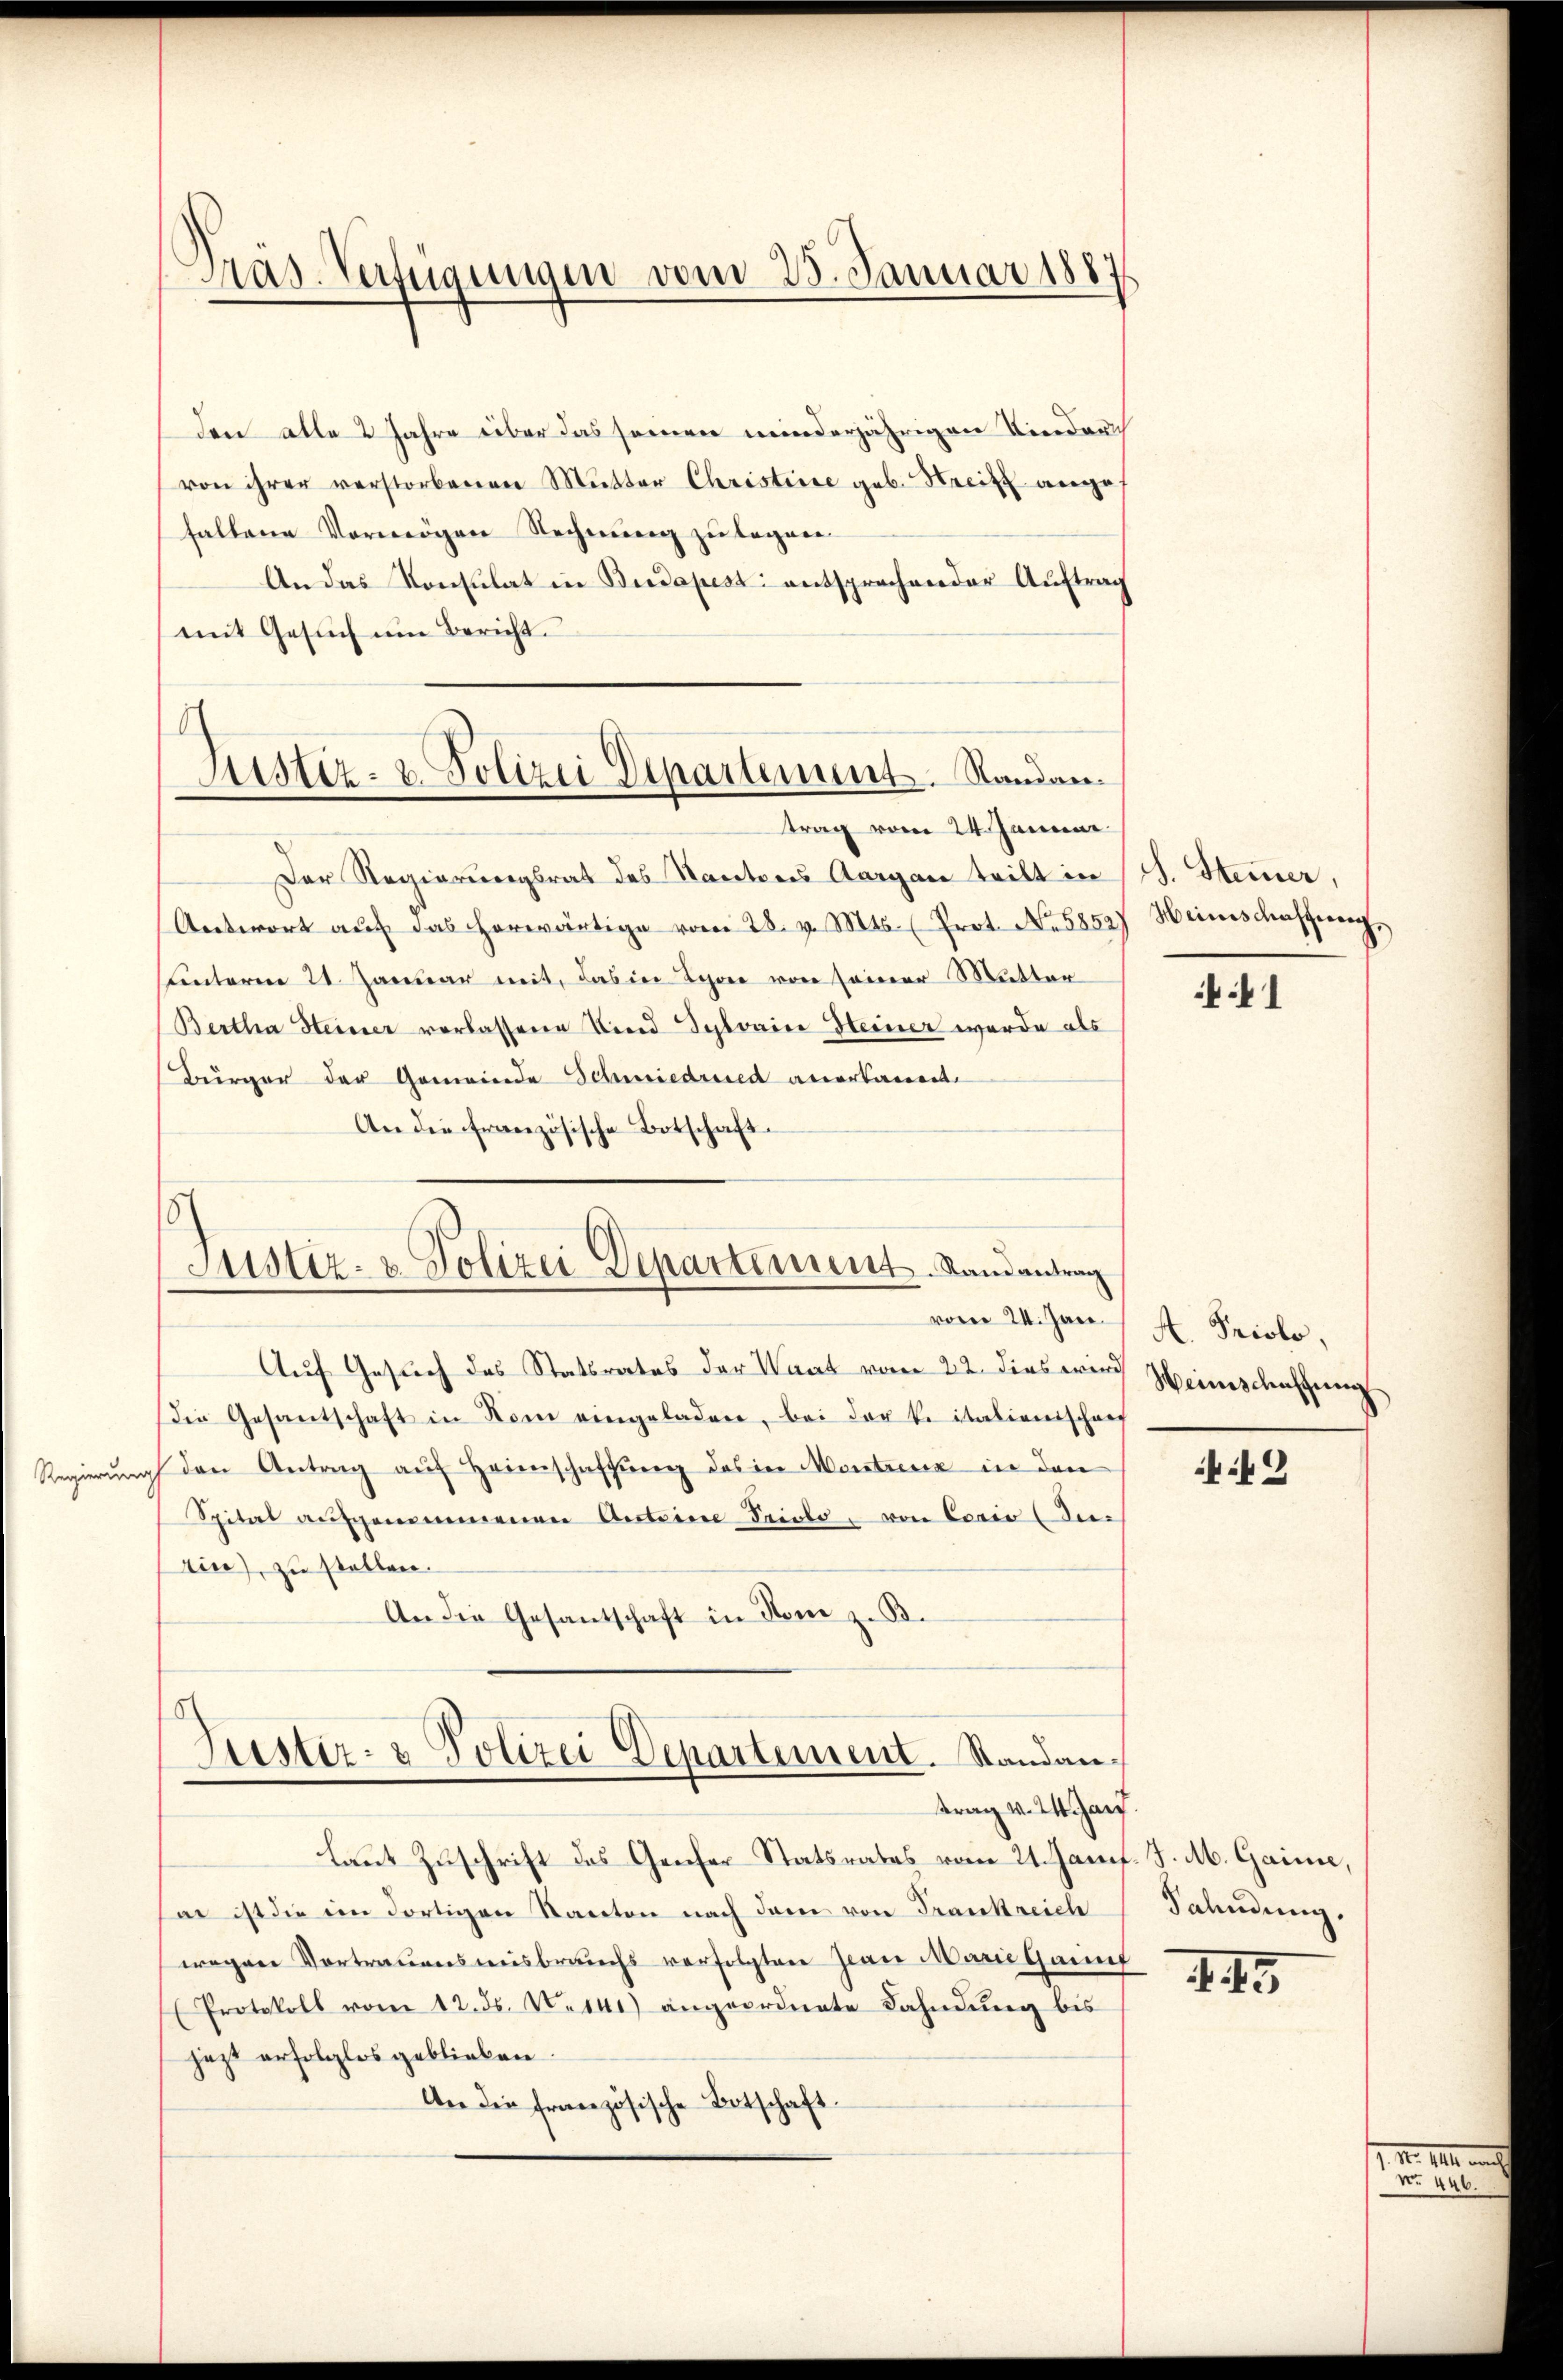
Präs-Verfügungen vom 23. Januar 1881

den alle 2 Jahre über das seinen minderjährigen Vierdurch
von ihrer verstorbenen Mutter Christiere geb. Streit ange
fallene Vermögen Rechnung zu legnen.
An das Konsulat in Budapest entsprochender Auftrag
mit Gesuch um Bericht.

c
Justiz- u. Polizei Departement. Standan¬

s
Justiz- & Polizei Departement. Randantrag

Justiz- & Polizei Departement. Standantrag v. 24. Jan.

Antwort aŭf das herwärtige vom 28. v. Mts. (Prot. No. 5852) Weinschaffung,
unterm 21. Januar mit, das in Schon von seiner Mutter
Bertha Heiner verlassene Kind Sylvaine Heiner wurde als
Burger der Gemeinde Schmiedried arcartemente
An die Französische Botschaft.

vom 24. Jan.
Auf Gesuch des Statsrates der Waat vom 22. dies wird
Die Gesantschaft in Rom eingeladen, bei der ke italienischrif
Regierŭng den Antrag aŭf Heimschaffŭng des in Montrenz in den
Spital aufgenommenen Anteine Fristo, von Ecario An¬
Ain), zu stellen.
An die Gesantschaft in Rom z. B.

laut Zuschrift des Genfer Statsrates vom 21. Janif
ar ist die im dortigen Kanton nach dem von Frankreich
wegen Vortrauensausbrauchs verfolgten Zwar Mann Ganuf
(Protokoll vom 12. ds. N. 141) angeordnete Fahndŭng bis
jezt erfolglos geblieben.
An die Französische Botschaft.

trag vom 24. Januar
Der Regierungsrat des Kantons Aargau teilt in (S. Steiner,

1

A. Priolo,
Weinschatzung

49

J. M. Gaime,
Salndung.

445

. N. 112. auch
No 446.